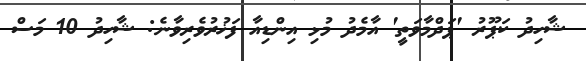
ޝާހިދު ކަޕޫރު 'ޕަދްމާވަތީ' އާމެދު މުޅި އިންޑިއާ ފަޚުރުވެރިވާނެ: ޝާހިދު 10 މަސް